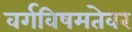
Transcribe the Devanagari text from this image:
वर्गविषमतेवर